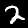
Digit: 2